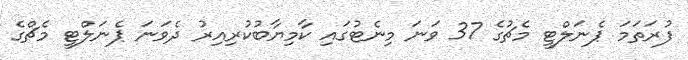
ފުރަތަމަ ޕެނަލްޓީ މެޗުގެ 37 ވަނަ މިނެޓުގައި ކާމިޔާބުކުރިއިރު ދެވަނަ ޕެނަލްޓީ މެޗްގެ